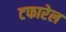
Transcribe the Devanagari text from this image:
टफारेल